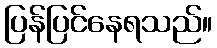
ပြန်ပြင်နေရသည်။